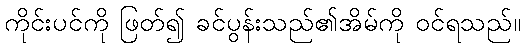
ကိုင်းပင်ကို ဖြတ်၍ ခင်ပွန်းသည်၏အိမ်ကို ဝင်ရသည်။